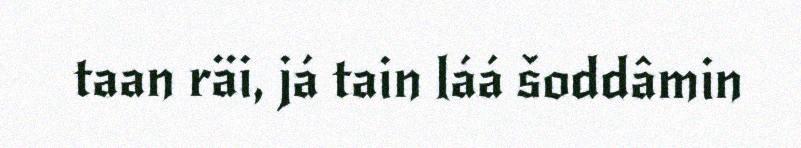
taan räi, já tain láá šoddâmin